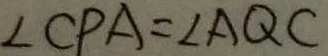
\angle C P A = \angle A Q C